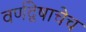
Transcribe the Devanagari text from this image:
वर्णद्वेषाचेच